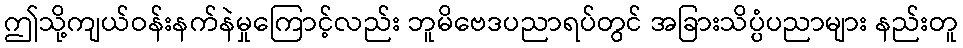
ဤသို့ကျယ်ဝန်းနက်နဲမှုကြောင့်လည်း ဘူမိဗေဒပညာရပ်တွင် အခြားသိပ္ပံပညာများ နည်းတူ